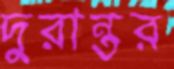
দুরান্তর